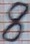
Text: 8